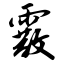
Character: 霰